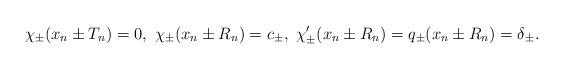
\begin{align*}\chi_{\pm}(x_n \pm T_n) = 0, \ \chi_{\pm} (x_n \pm R_n) = c_{\pm}, \ \chi_{\pm}'(x_n \pm R_n) = q_{\pm}(x_n \pm R_n) = \delta_{\pm}. \end{align*}